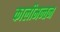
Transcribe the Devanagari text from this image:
कालीमन्तन